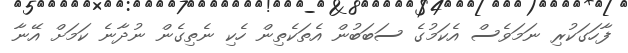
ފާހަގަކުރި ނަމަވެސް އެކަމުގެ ސަބަބުން އެތަކެތިން ހެކި ނެތިގެން ނުދާނެ ކަމަށް އޭނާ